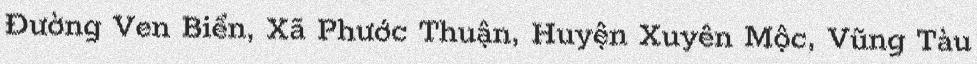
Đường Ven Biển, Xã Phước Thuận, Huyện Xuyên Mộc, Vũng Tàu